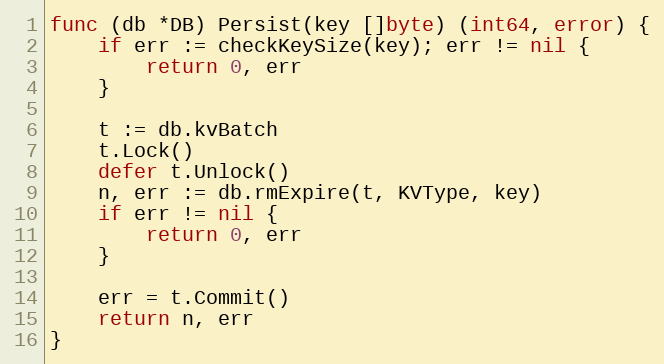
Language: Go
func (db *DB) Persist(key []byte) (int64, error) {
	if err := checkKeySize(key); err != nil {
		return 0, err
	}

	t := db.kvBatch
	t.Lock()
	defer t.Unlock()
	n, err := db.rmExpire(t, KVType, key)
	if err != nil {
		return 0, err
	}

	err = t.Commit()
	return n, err
}